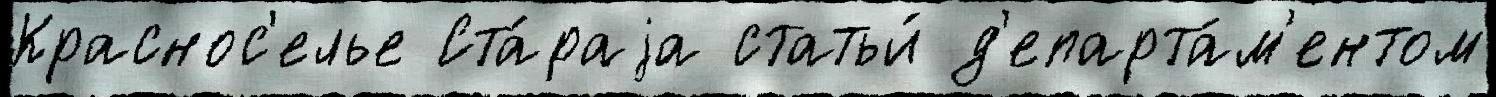
Краснос'елье Ста́раjа статьи́ д'епарта́м'ентом